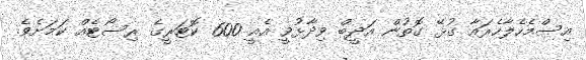
އިސްމެހެލާހެރައާ ގުޅޭ ގޮތުން އަދީބް ވިދާޅުވީ އެއީ 600 ކޮޓަރީގެ ރިސޯޓެއް ކަމަށެވެ.